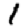
Digit: 1